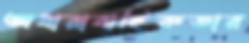
অধারাবাহিকতার